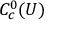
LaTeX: C _ { c } ^ { 0 } ( U )